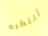
أنتظره